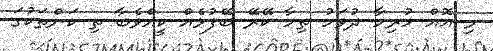
މި އޮއް ހުރިހާ ދުވަހު ތިހާ ކޭރޭ ބޭފުޅެއް ކީއްވެބާ ތި ކަންތަކުގަ